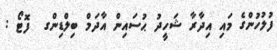
ފުލުހުންގެ މައި އިދާރާ ޝަހީދު ޙުސައިން އާދަމް ބިލްޑިންގ  ފޮޓޯ :